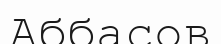
Аббасов